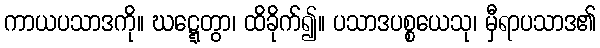
ကာယပသာဒကို။ ဃဋ္ဋေတွာ၊ ထိခိုက်၍။ ပသာဒပစ္စယေသု၊ မှီရာပသာဒ၏